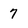
Character: 7